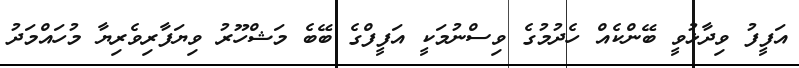
އަފީފު ވިދާޅުވީ ބޭންކެއް ހެދުމުގެ ވިސްނުމަކީ އަފީފްގެ ބޭބެ މަޝްހޫރު ވިޔަފާރިވެރިޔާ މުހައްމަދު